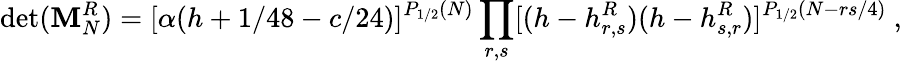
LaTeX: \operatorname*{d\mathrm{e}t}({\cal\mathbf{M}}_{N}^{R})=[\alpha(h+1/48-c/24)]^{P_{1/2}(N)}\prod_{r,s}[(h-h_{r,s}^{R})(h-h_{s,r}^{R})]^{P_{1/2}(N-{rs/4})}{}~,